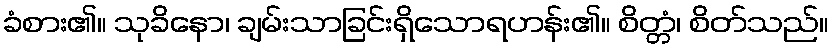
ခံစား၏။ သုခိနော၊ ချမ်းသာခြင်းရှိသောရဟန်း၏။ စိတ္တံ၊ စိတ်သည်။